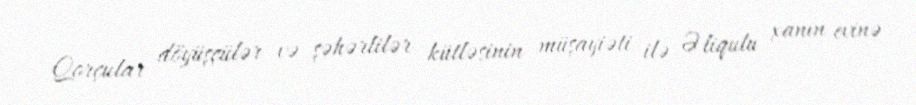
Qorçular döyüşçülər və şəhərlilər kütləsinin müşayiəti ilə Əliqulu xanın evinə